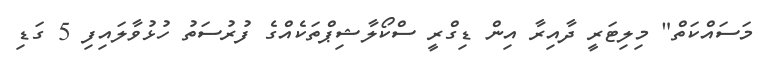
މަސައްކަތް" މިލިޓަރީ ދާއިރާ އިން ޑިގްރީ ސްކޯލާޝިޕްތަކެއްގެ ފުރުސަތު ހުޅުވާލައިފި 5 ގަޑި